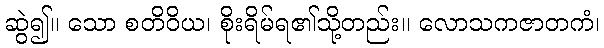
ဆွဲ၍။ သော စတိဝိယ၊ စိုးရိမ်ရ၏သို့တည်း။ လောသကဇာတကံ၊